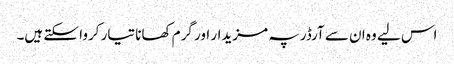
اس لیے وہ ان سے آرڈر پہ مزیدار اور گرم کھانا تیار کروا سکتے ہیں۔